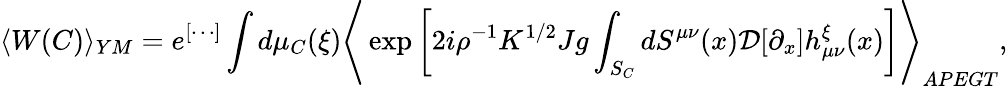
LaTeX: \langle W(C)\rangle_{YM}=e^{[\cdots]}\int d\mu_{C}(\xi)\Biggr\langle\exp\left[2i\rho^{-1}K^{1/2}Jg\int_{S_{C}}dS^{\mu\nu}(x){\cal D}[\partial_{x}]h_{\mu\nu}^{\xi}(x)\right]\Biggr\rangle_{APEGT},